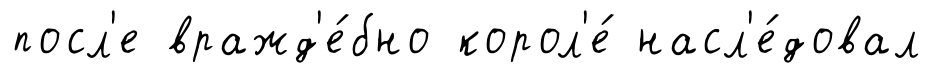
посл'е вражд'е́бно корол'е́ насл'е́довал